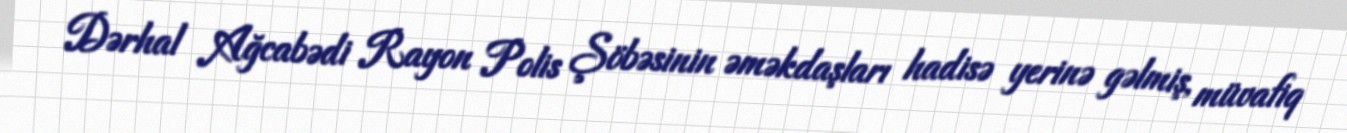
Dərhal Ağcabədi Rayon Polis Şöbəsinin əməkdaşları hadisə yerinə gəlmiş, müvafiq